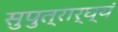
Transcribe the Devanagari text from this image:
सुपुत्रार्घ्यं